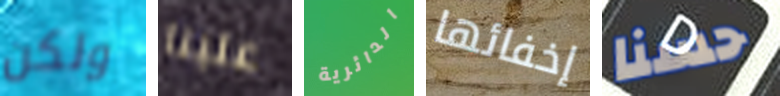
ولكن علينا الدائرية إخفائها حسنا